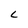
Character: L